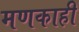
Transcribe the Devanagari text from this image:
मणकाही